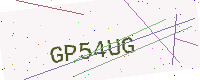
Text: GP54UG